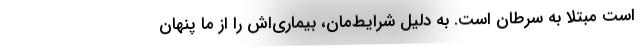
است مبتلا به سرطان است. به دلیل شرایط‌مان، بیماری‌اش را از ما پنهان